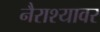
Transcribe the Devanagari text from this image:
नैराश्यावर